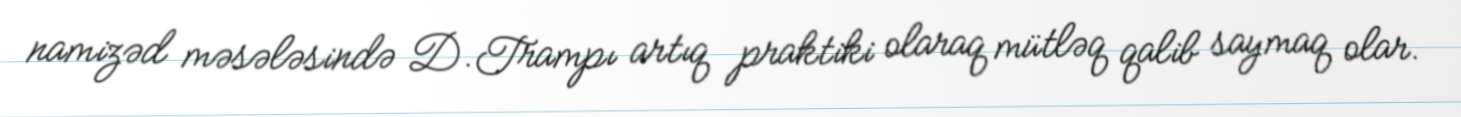
namizəd məsələsində D.Trampı artıq praktiki olaraq mütləq qalib saymaq olar.